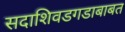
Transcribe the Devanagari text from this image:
सदाशिवडगडाबाबत